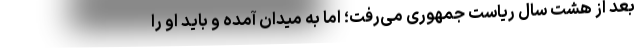
بعد از هشت سال ریاست جمهوری می‌رفت؛ اما به میدان آمده و باید او را